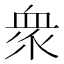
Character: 衆